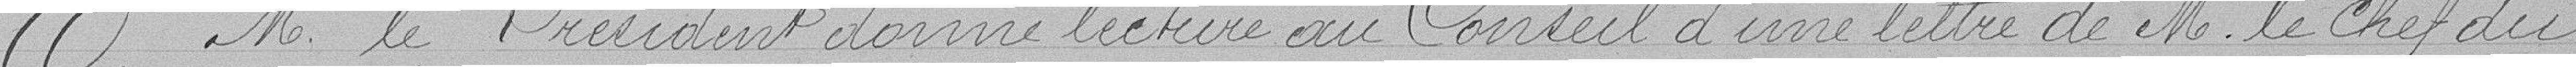
M. le Président donne lecture au Conseil d'une lettre de M. le chef du